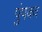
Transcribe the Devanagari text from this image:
पुंपक्व